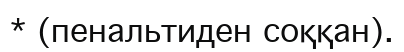
* (пенальтиден соққан).